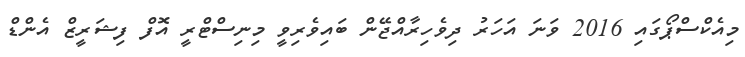
މިއެކްސްޕޯގައި 2016 ވަނަ އަހަރު ދިވެހިރާއްޖޭން ބައިވެރިވީ މިނިސްޓްރީ އޮފް ފިޝަރީޒް އެންޑް